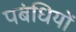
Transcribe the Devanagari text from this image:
पबंधियों